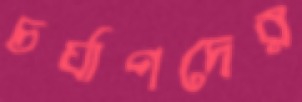
চর্যাপদের